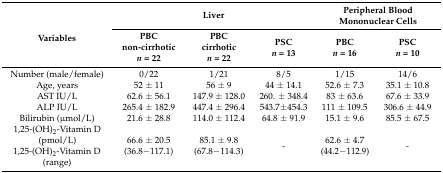
<table><thead><tr><td rowspan="2"><b>Variables</b></td><td colspan="3"><b>Liver</b></td><td colspan="2"><b>Peripheral Blood Mononuclear Cells</b></td></tr><tr><td><b>PBC non-cirrhotic<i>n</i> = 22</b></td><td><b>PBC cirrhotic <i>n</i> = 22</b></td><td><b>PSC <i>n</i> = 13</b></td><td><b>PBC <i>n</i> = 16</b></td><td><b>PSC <i>n</i> = 10</b></td></tr></thead><tbody><tr><td>Number (male/female)</td><td>0/22</td><td>1/21</td><td>8/5</td><td>1/15</td><td>14/6</td></tr><tr><td>Age, years</td><td>52 ± 11</td><td>56 ± 9</td><td>44 ± 14.1</td><td>52.6 ± 7.3</td><td>35.1 ± 10.8</td></tr><tr><td>AST IU/L</td><td>62.6 ± 56.1</td><td>147.9 ± 128.0</td><td>260. ± 348.4</td><td>83 ± 63.6</td><td>67.6 ± 33.9</td></tr><tr><td>ALP IU/L</td><td>265.4 ± 182.9</td><td>447.4 ± 296.4</td><td>543.7±454.3</td><td>111 ± 109.5</td><td>306.6 ± 44.9</td></tr><tr><td>Bilirubin (μmol/L)</td><td>21.6 ± 28.8</td><td>114.0 ± 112.4</td><td>64.8 ± 91.9</td><td>15.1 ± 9.6</td><td>85.5 ± 67.5</td></tr><tr><td>1,25-(OH)<sub>2</sub>-Vitamin D (pmol/L) 1,25-(OH)<sub>2</sub>-Vitamin D (range)</td><td>66.6 ± 20.5(36.8−117.1)</td><td>85.1 ± 9.8(67.8−114.3)</td><td>-</td><td>62.6 ± 4.7(44.2−112.9)</td><td>-</td></tr></tbody></table>